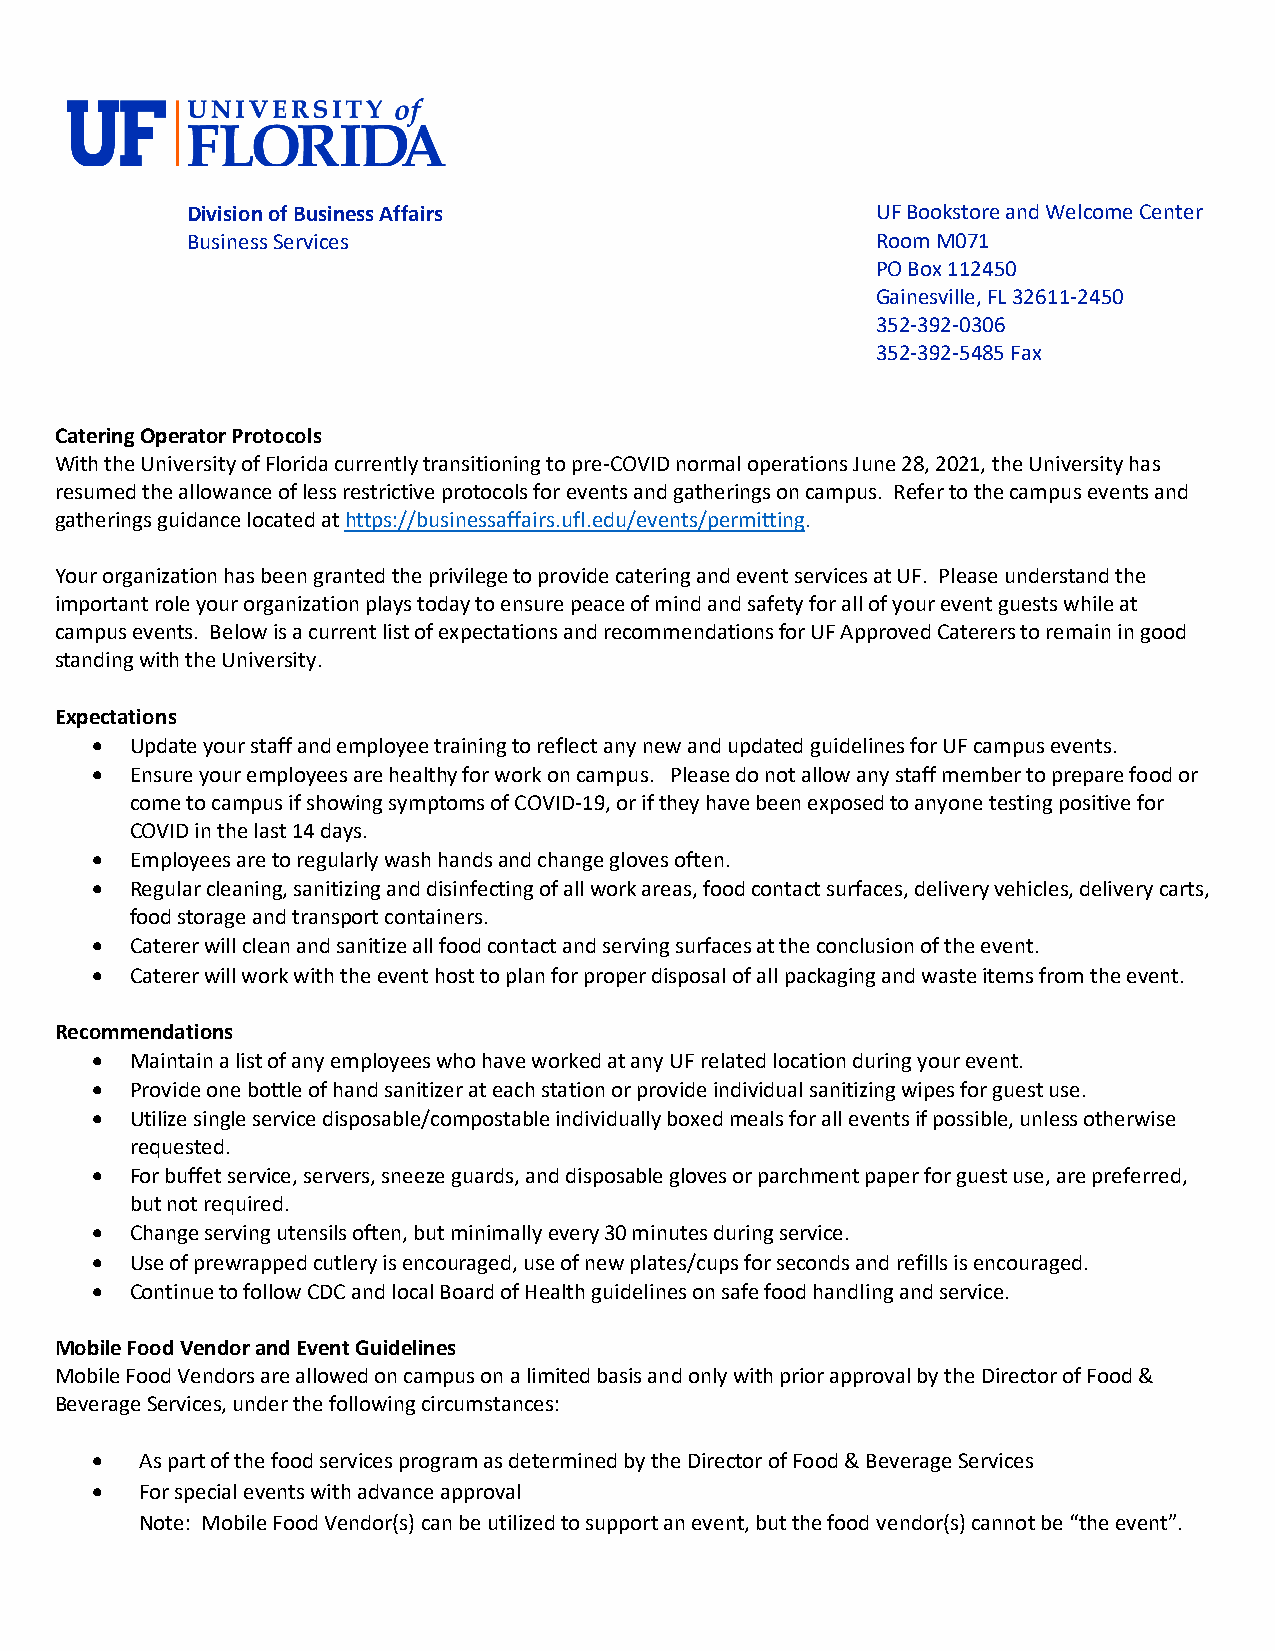
Division of Business Affairs                  UF Bookstore and Welcome Center
 Business Services                             Room M071
 PO Box 112450
 Gainesville, FL 32611-2450
 352-392-0306
 352-392-5485 Fax
 Catering Operator Protocols
 With the University of Florida currently transitioning to pre-COVID normal operations June 28, 2021, the University has
 resumed the allowance of less restrictive protocols for events and gatherings on campus. Refer to the campus events and
 gatherings guidance located at https://businessaffairs.ufl.edu/events/permitting.
 Your organization has been granted the privilege to provide catering and event services at UF. Please understand the
 important role your organization plays today to ensure peace of mind and safety for all of your event guests while at
 campus events. Below is a current list of expectations and recommendations for UF Approved Caterers to remain in good
 standing with the University.
 Expectations
 •  Update your staff and employee training to reflect any new and updated guidelines for UF campus events.
 •  Ensure your employees are healthy for work on campus. Please do not allow any staff member to prepare food or
 come to campus if showing symptoms of COVID-19, or if they have been exposed to anyone testing positive for
 COVID in the last 14 days.
 •  Employees are to regularly wash hands and change gloves often.
 •  Regular cleaning, sanitizing and disinfecting of all work areas, food contact surfaces, delivery vehicles, delivery carts,
 food storage and transport containers.
 •  Caterer will clean and sanitize all food contact and serving surfaces at the conclusion of the event.
 •  Caterer will work with the event host to plan for proper disposal of all packaging and waste items from the event.
 Recommendations
 •  Maintain a list of any employees who have worked at any UF related location during your event.
 •  Provide one bottle of hand sanitizer at each station or provide individual sanitizing wipes for guest use.
 •  Utilize single service disposable/compostable individually boxed meals for all events if possible, unless otherwise
 requested.
 •  For buffet service, servers, sneeze guards, and disposable gloves or parchment paper for guest use, are preferred,
 but not required.
 •  Change serving utensils often, but minimally every 30 minutes during service.
 •  Use of prewrapped cutlery is encouraged, use of new plates/cups for seconds and refills is encouraged.
 •  Continue to follow CDC and local Board of Health guidelines on safe food handling and service.
 Mobile Food Vendor and Event Guidelines
 Mobile Food Vendors are allowed on campus on a limited basis and only with prior approval by the Director of Food &
 Beverage Services, under the following circumstances:
 •  As part of the food services program as determined by the Director of Food & Beverage Services
 •  For special events with advance approval
 Note: Mobile Food Vendor(s) can be utilized to support an event, but the food vendor(s) cannot be “the event”.